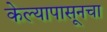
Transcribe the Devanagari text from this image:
केल्यापासूनचा